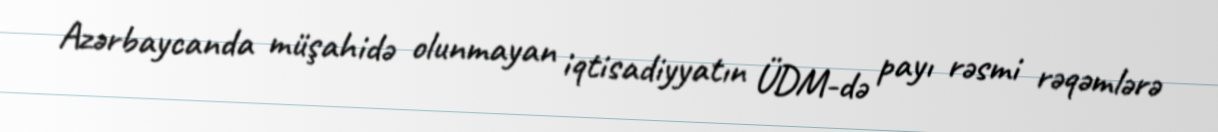
Azərbaycanda müşahidə olunmayan iqtisadiyyatın ÜDM-də payı rəsmi rəqəmlərə